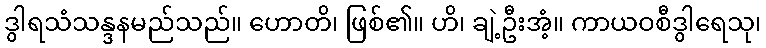
ဒွါရသံသန္ဒနမည်သည်။ ဟောတိ၊ ဖြစ်၏။ ဟိ၊ ချဲ့ဦးအံ့။ ကာယဝစီဒွါရေသု၊